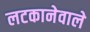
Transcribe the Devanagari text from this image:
लटकानेवाले